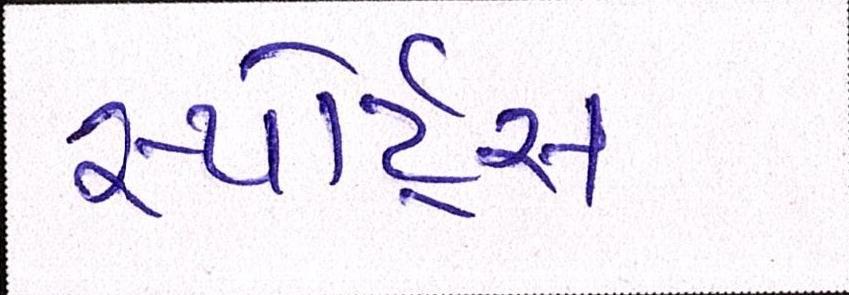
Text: સ્પોર્ટ્સ